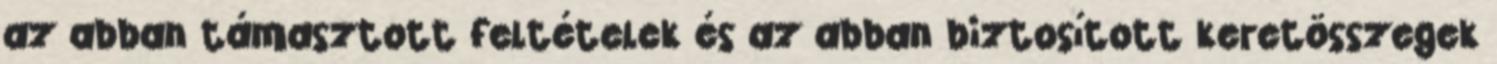
az abban támasztott feltételek és az abban biztosított keretösszegek